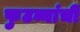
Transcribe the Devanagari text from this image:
फुटव्यांची